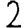
Digit: 2